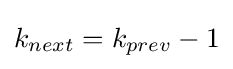
k_{next}=k_{prev}-1